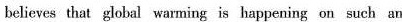
believes that global warming is happening on such an